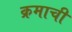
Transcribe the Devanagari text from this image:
क्रमाची